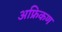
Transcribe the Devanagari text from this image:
अफ्रिकण